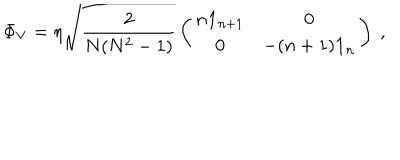
LaTeX: \Phi _ { V } = \eta \sqrt { \frac { 2 } { N ( N ^ { 2 } - 1 ) } } \left( \begin{matrix} { { n { \bf 1 } _ { n + 1 } } } & { { { \bf 0 } } } \\ { { { \bf 0 } } } & { { - ( n + 1 ) { \bf 1 } _ { n } } } \\ \end{matrix} \right) \ ,